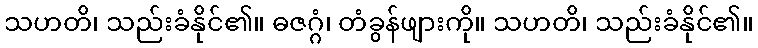
သဟတိ၊ သည်းခံနိုင်၏။ ဓဇဂ္ဂံ၊ တံခွန်ဖျားကို။ သဟတိ၊ သည်းခံနိုင်၏။